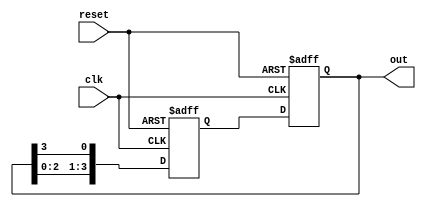
module ring_counter(
  input wire clk,
  input wire reset,
  output reg [3:0] out
);

reg [3:0] next_out;

always @(posedge clk or posedge reset) begin
  if (reset) begin
    out <= 4'b0001;
  end else begin
    out <= next_out;
  end
end

always @(posedge clk or posedge reset) begin
  if (reset) begin
    next_out <= 4'b0010;
  end else begin
    next_out <= {out[2:0],out[3]};
  end
end

endmodule